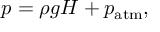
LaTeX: p = \rho g H + p _ { \mathrm { a t m } } ,